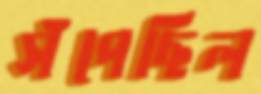
সঁপেছিল